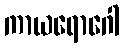
ကာယရောဂေါ